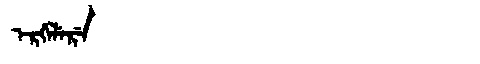
Manchu: ᡝᡵᡤᡝᠯᡝᡵᡝ
Romanization: ERGELERE